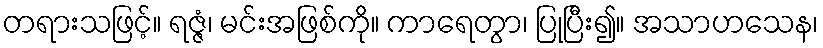
တရားသဖြင့်။ ရဇ္ဇံ၊ မင်းအဖြစ်ကို။ ကာရေတွာ၊ ပြုပြီး၍။ အသာဟသေန၊